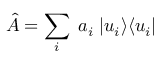
\hat { A } = \sum _ { i } \; a _ { i } \; | u _ { i } \rangle \langle u _ { i } |